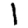
Digit: 1